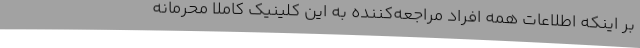
بر اینکه اطلاعات همه افراد مراجعه‌کننده به این کلینیک کاملا محرمانه